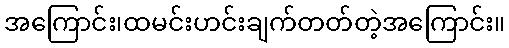
အကြောင်း၊ထမင်းဟင်းချက်တတ်တဲ့အကြောင်း။